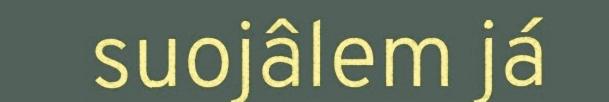
suojâlem já